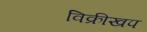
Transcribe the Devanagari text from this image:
विक्रीखप